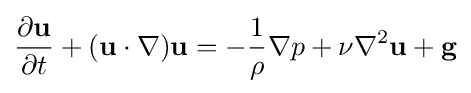
{\frac {\partial \mathbf {u} }{\partial t}}+(\mathbf {u} \cdot \nabla )\mathbf {u} =-{\frac {1}{\rho }}\nabla p+\nu \nabla ^{2}\mathbf {u} +\mathbf {g}